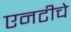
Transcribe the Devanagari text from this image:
एनटीचे